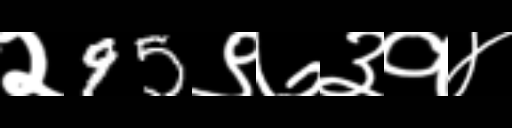
Text: २95९७३१४